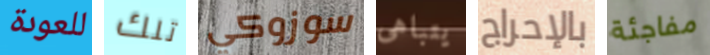
للعودة تلك سوزوكي يتباهى بالإحراج مفاجئة